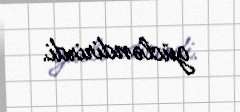
gücləndirirdi.